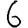
Digit: 6